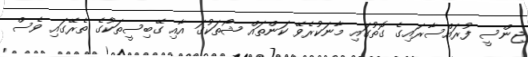
ޖިންސީ ފުރައްސާރައިގެ ގޮތުގައި މާނަކުރެވޭ ކަންތައް ޝޯތަކުގަ އާއި ގޭބިސީތަކުގެ ތެރޭގައި ވެސް